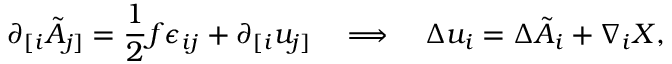
\partial _ { [ i } \tilde { A } _ { j ] } = \frac 1 2 f \epsilon _ { i j } + \partial _ { [ i } u _ { j ] } \quad \Longrightarrow \quad \Delta u _ { i } = \Delta \tilde { A } _ { i } + \nabla _ { i } X ,